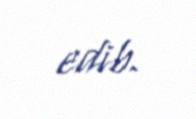
edib.